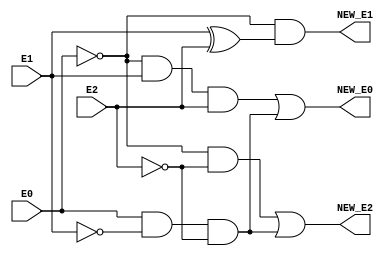
module FSM_EXC (E0, E1, E2, NEW_E0, NEW_E1, NEW_E2);
    input E0;
    input E1;
    input E2;
    output NEW_E0;
    output NEW_E1;
    output NEW_E2;

    //assign NEW_E0 = 0;
    //assign NEW_E1 = 0;
    //assign NEW_E2 = 0;

    assign NEW_E0 = (~E0 & E1 & E2) | (E0 & ~E1 & ~E2);
    assign NEW_E1 = ~E0 & (E1^E2);
    assign NEW_E2 = (~E0 & ~E2) | (E0 & ~E1 & ~E2);
endmodule